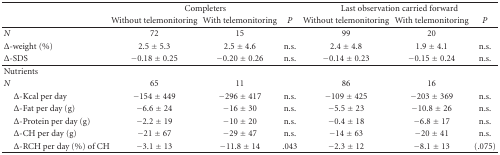
|  | <COLSPAN=3> Completers | <COLSPAN=3> Last observation carried forward |
 |  | Without telemonitoring | With telemonitoring | P | Without telemonitoring | With telemonitoring | P |
 | --- | --- | --- | --- | --- | --- | --- |
 | N | 72 | 15 |  | 99 | 20 |  |
 | Δ-weight (%) | 2.5 ± 5.3 | 2.5 ± 4.6 | n.s. | 2.4 ± 4.8 | 1.9 ± 4.1 | n.s. |
 | Δ-SDS | −0.18 ± 0.25 | −0.20 ± 0.26 | n.s. | −0.14 ± 0.23 | −0.15 ± 0.24 | n.s. |
 | Nutrients |  |  |  |  |  |  |
 | N | 65 | 11 |  | 86 | 16 |  |
 | Δ-Kcal per day | −154 ± 449 | −296 ± 417 | n.s. | −109 ± 425 | −203 ± 369 | n.s. |
 | Δ-Fat per day (g) | −6.6 ± 24 | −16 ± 30 | n.s. | −5.5 ± 23 | −10.8 ± 26 | n.s. |
 | Δ-Protein per day (g) | −2.2 ± 19 | −10 ± 20 | n.s. | −0.4 ± 18 | −6.8 ± 17 | n.s. |
 | Δ-CH per day (g) | −21 ± 67 | −29 ± 47 | n.s. | −14 ± 63 | −20 ± 41 | n.s. |
 | Δ-RCH per day (%) of CH | −3.1 ± 13 | −11.8 ± 14 | .043 | −2.3 ± 12 | −8.1 ± 13 | (.075) |